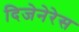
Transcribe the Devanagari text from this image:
दिजेनेरेस